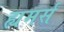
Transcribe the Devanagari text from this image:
ह्यमर्स